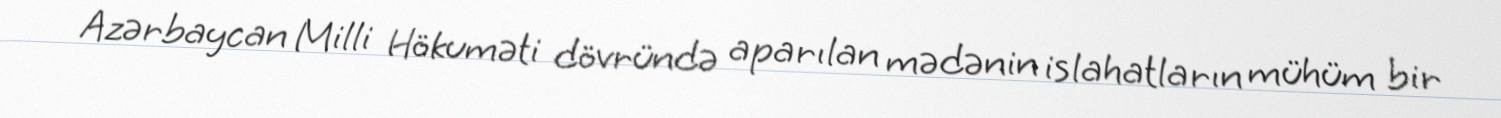
Azərbaycan Milli Hökuməti dövründə aparılan mədənin islahatların mühüm bir